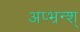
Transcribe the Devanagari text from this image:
अप्भ्रन्श्